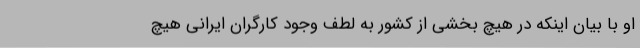
او با بیان اینکه در هیچ بخشی از کشور به لطف وجود کارگران ایرانی هیچ